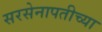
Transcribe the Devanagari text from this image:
सरसेनापतीच्या